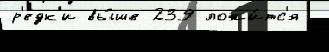
р'едк'и вы́ше 239 ложи́тс'я